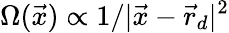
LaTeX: \Omega(\vec{x})\propto 1/\vert\vec{x}-\vec{r}_{d}\vert^{2}